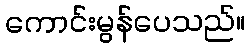
ကောင်းမွန်ပေသည်။